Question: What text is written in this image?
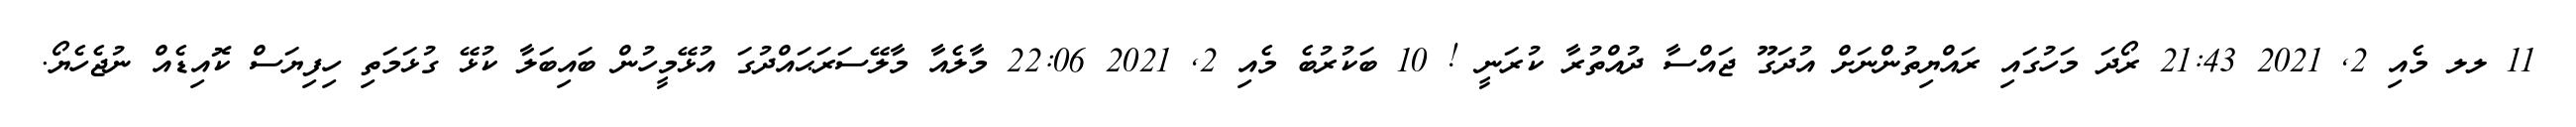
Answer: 11 ލލ މެއި 2, 2021 21:43 ރޯދަ މަހުގައި ރައްޔިތުންނަށް އުދަގޫ ޖައްސާ ދުއްތުރާ ކުރަނީ ! 10 ބަކުރުބެ މެއި 2, 2021 22:06 މާލެއާ މާލޭސަރަޙައްދުގަ އުޅޭމީހުން ބައިބަލާ ކުޅޭ ގުޅަމަތި ހިފިޔަސް ކޮއިޑެއް ނުޖެހެޔޯ.